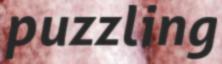
puzzling